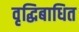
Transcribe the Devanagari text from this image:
वृद्धिबाधित